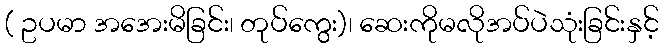
( ဥပမာ အအေးမိခြင်း၊ တုပ်ကွေး)၊ ဆေးကိုမလိုအပ်ပဲသုံးခြင်းနှင့်